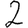
Digit: 2